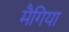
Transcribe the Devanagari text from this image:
मैगिया